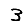
Digit: 3